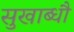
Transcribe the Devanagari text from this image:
सुखाब्धौ